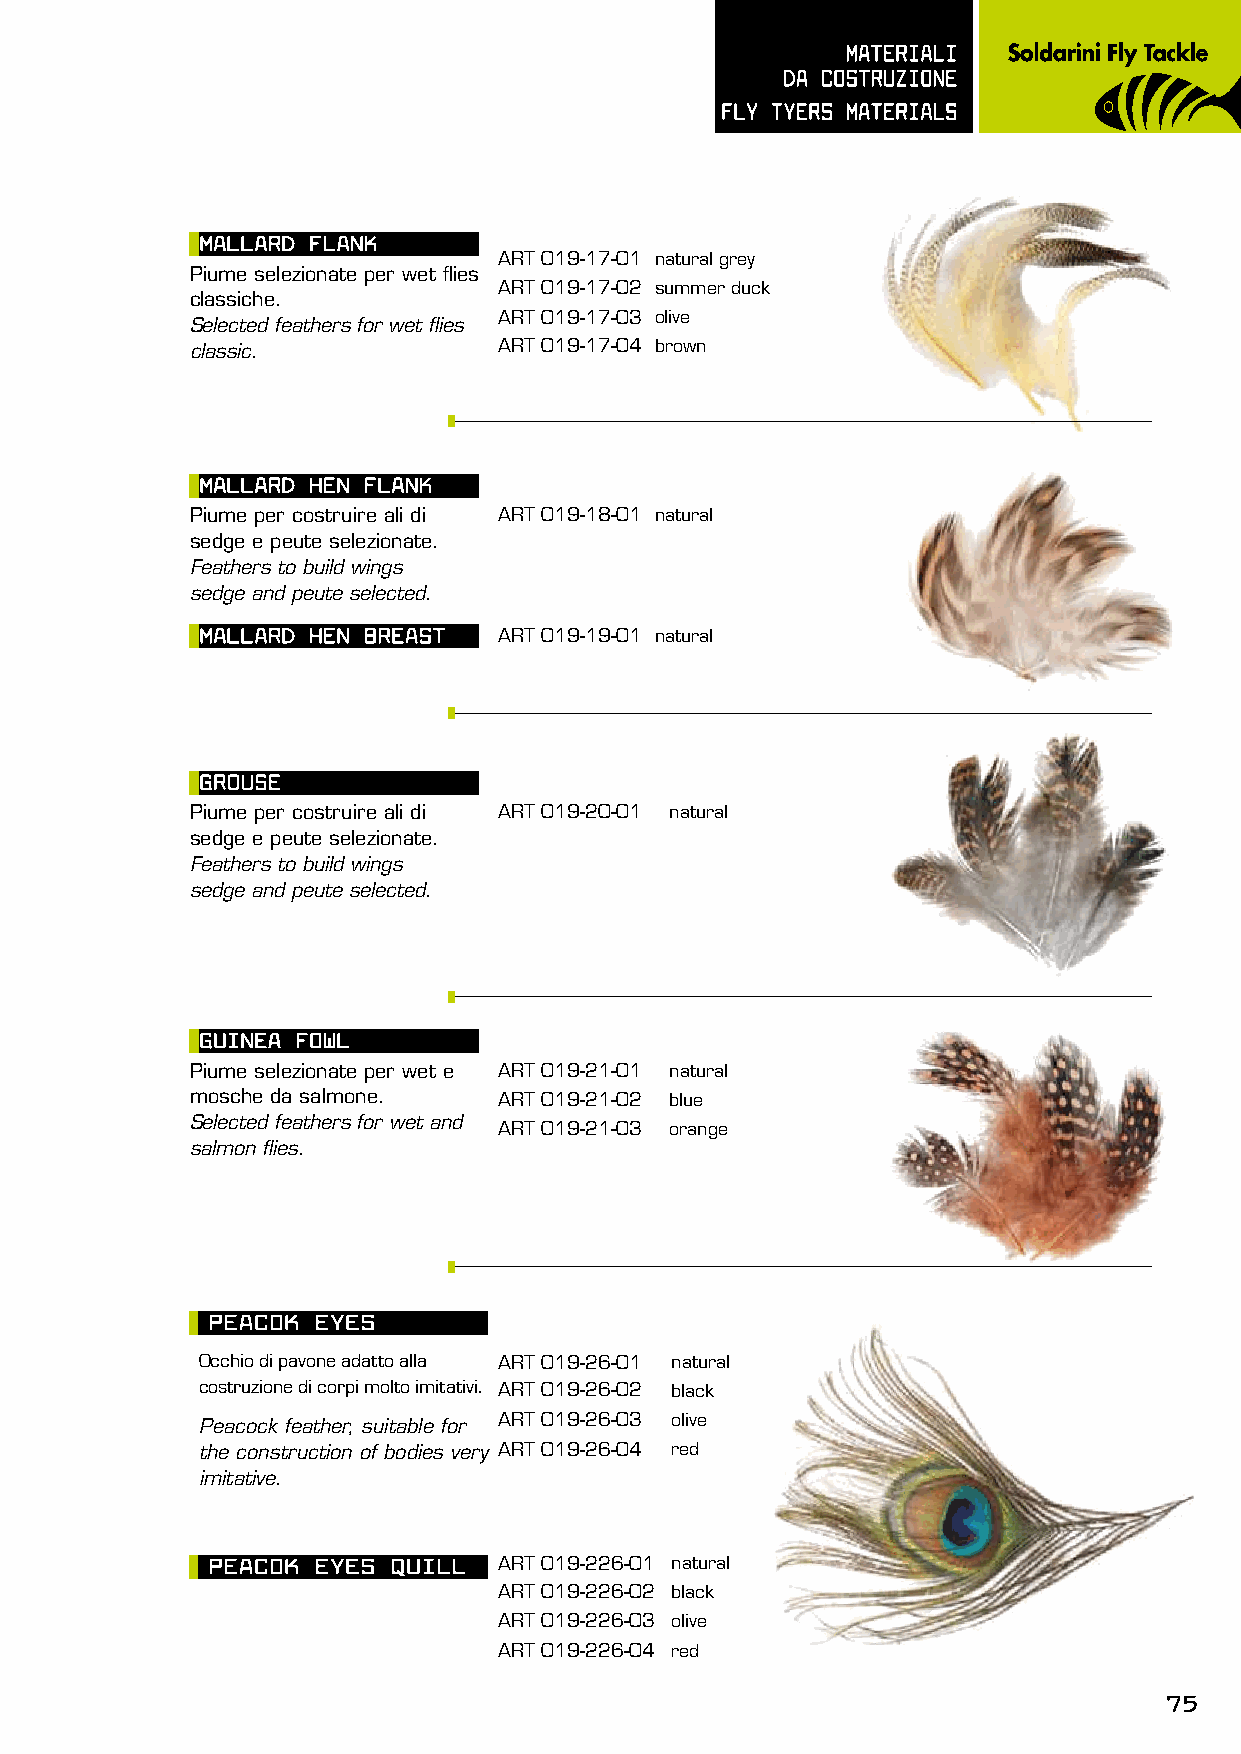
mATERIALI
 dA COsTRUzIOnE
 FLy TyERs mATERIALs
 mALLARd FLAnK
 ART 019-17-01 natural grey
 Piume selezionate per wet flies
 ART 019-17-02 summer duck
 classiche.
 ART 019-17-03 olive
 Selected feathers for wet flies
 classic.            ART 019-17-04 brown
 mALLARd hEn FLAnK
 Piume per costruire ali di ART 019-18-01 natural
 sedge e peute selezionate.
 Feathers to build wings
 sedge and peute selected.
 mALLARd hEn BREAsT  ART 019-19-01 natural
 GROUsE
 Piume per costruire ali di ART 019-20-01 natural
 sedge e peute selezionate.
 Feathers to build wings
 sedge and peute selected.
 GUInEA FOWL
 Piume selezionate per wet e ART 019-21-01 natural
 mosche da salmone.  ART 019-21-02 blue
 Selected feathers for wet and
 ART 019-21-03 orange
 salmon flies.
 pEACOK EyEs
 Occhio di pavone adatto alla AAARRRTTT 000111999---222556---000121 natural
 costruzione di corpi molto imitativi. AAARRRTTT 000111999---222556---000122 black
 Peacock feather, suitable for AAARRRTTT 000111999---222556---000123 olive
 the construction of bodies very AAARRRTTT 000111999---222556---000124 red
 imitative.
 pEACOK EyEs QUILL  AAARRRTTT 000111999---222552--600-1201 natural
 AAARRRTTT 000111999---222552--600-1202 black
 AAARRRTTT 000111999---222552--600-1203 olive
 AAARRRTTT 000111999---222552--600-1204 red
 75